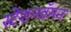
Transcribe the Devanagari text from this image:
स्टेशनवॅगन